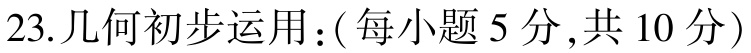
23.几何初步运用：(每小题 5 分,共 10 分)